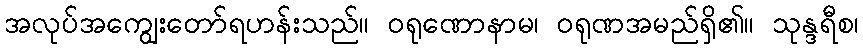
အလုပ်အကျွေးတော်ရဟန်းသည်။ ဝရုဏောနာမ၊ ဝရုဏအမည်ရှိ၏။ သုန္ဒရီစ၊